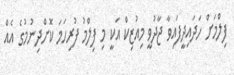
ފިލްމަށް ހަދައިދީފައިވާ ޖާދުވީ މިއުޒިކް އަކީ މި ފިލްމު ފުރިހަމަ ކޮށްދިނުމުގެ އެއް